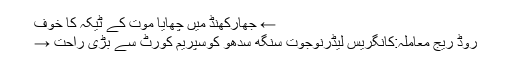
← جھارکھنڈ میں چھایا موت کے ٹیکہ کا خوف
روڈ ریج معاملہ:کانگریس لیڈرنوجوت سنگھ سدھو کوسپریم کورٹ سے بڑی راحت →